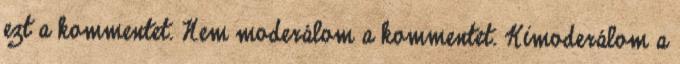
ezt a kommentet. Nem moderálom a kommentet. Kimoderálom a